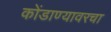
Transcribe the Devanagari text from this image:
कोंडाण्यावरचा